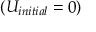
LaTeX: ( U _ { i n i t i a l } = 0 )